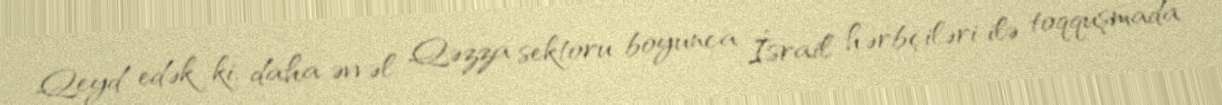
Qeyd edək ki, daha əvvəl Qəzza sektoru boyunca İsrail hərbçiləri ilə toqquşmada